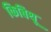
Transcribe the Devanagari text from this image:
किबिथू